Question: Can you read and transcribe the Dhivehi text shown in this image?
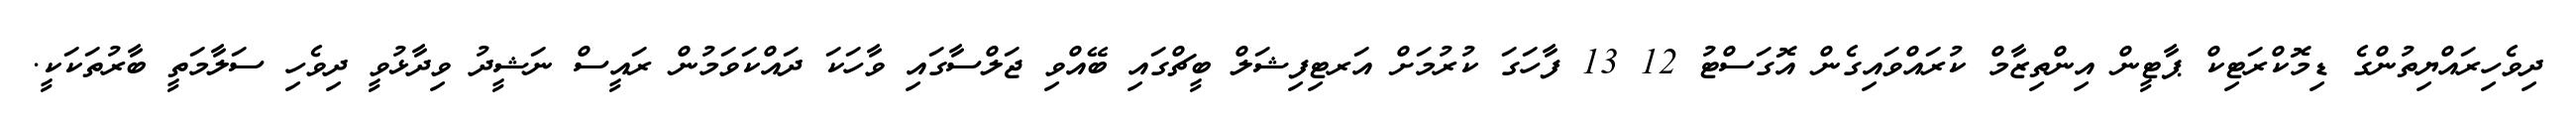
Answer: ދިވެހިރައްޔިތުންގެ ޑިމޮކްރަޓިކް ޕާޓީން އިންތިޒާމް ކުރައްވައިގެން އޮގަސްޓު 12 13 ފާހަގަ ކުރުމަށް އަރޓިފިޝަލް ބީޗްގައި ބޭއްވި ޖަލްސާގައި ވާހަކަ ދައްކަވަމުން ރައީސް ނަޝީދު ވިދާޅުވީ ދިވެހި ސަލާމަތީ ބާރުތަކަކީ.